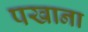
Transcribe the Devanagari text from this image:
पखाना